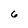
Character: 6